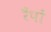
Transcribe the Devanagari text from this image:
रैंपों